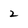
Character: 2